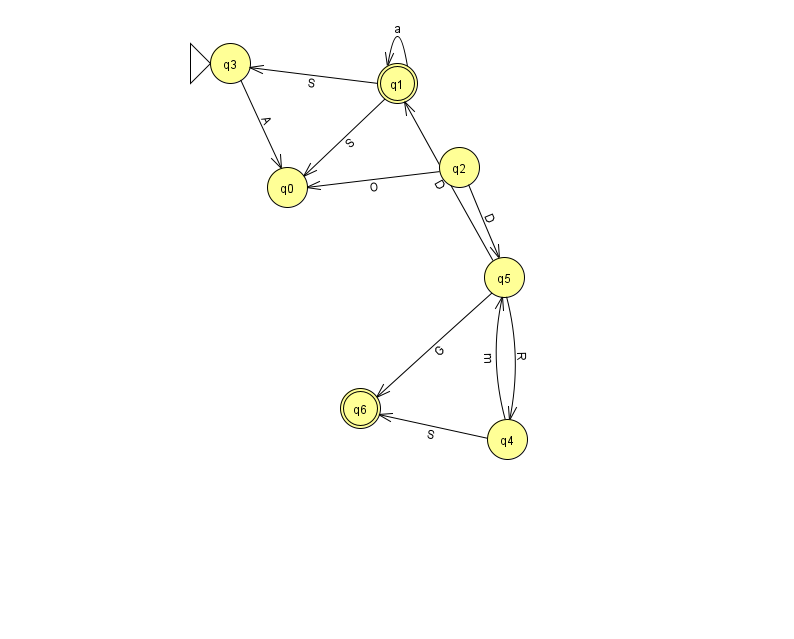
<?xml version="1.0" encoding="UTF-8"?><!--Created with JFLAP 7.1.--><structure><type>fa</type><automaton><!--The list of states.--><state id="0" name="q0"><x>287.0</x><y>174.0</y></state><state id="1" name="q1"><x>397.0</x><y>70.0</y><final/></state><state id="2" name="q2"><x>459.0</x><y>154.0</y></state><state id="3" name="q3"><x>230.0</x><y>50.0</y><initial/></state><state id="4" name="q4"><x>507.0</x><y>426.0</y></state><state id="5" name="q5"><x>504.0</x><y>264.0</y></state><state id="6" name="q6"><x>360.0</x><y>395.0</y><final/></state><!--The list of transitions.--><transition><from>1</from><to>1</to><read>a</read></transition><transition><from>5</from><to>1</to><read>D</read></transition><transition><from>1</from><to>3</to><read>S</read></transition><transition><from>5</from><to>4</to><read>R</read></transition><transition><from>4</from><to>6</to><read>S</read></transition><transition><from>5</from><to>6</to><read>G</read></transition><transition><from>1</from><to>0</to><read>S</read></transition><transition><from>2</from><to>0</to><read>O</read></transition><transition><from>4</from><to>5</to><read>m</read></transition><transition><from>2</from><to>5</to><read>D</read></transition><transition><from>3</from><to>0</to><read>A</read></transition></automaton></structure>